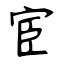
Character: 宦